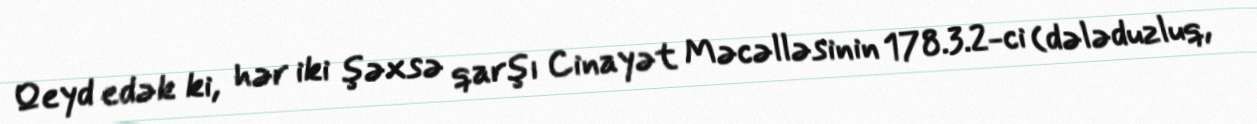
Qeyd edək ki, hər iki şəxsə qarşı Cinayət Məcəlləsinin 178.3.2-ci (dələduzluq,